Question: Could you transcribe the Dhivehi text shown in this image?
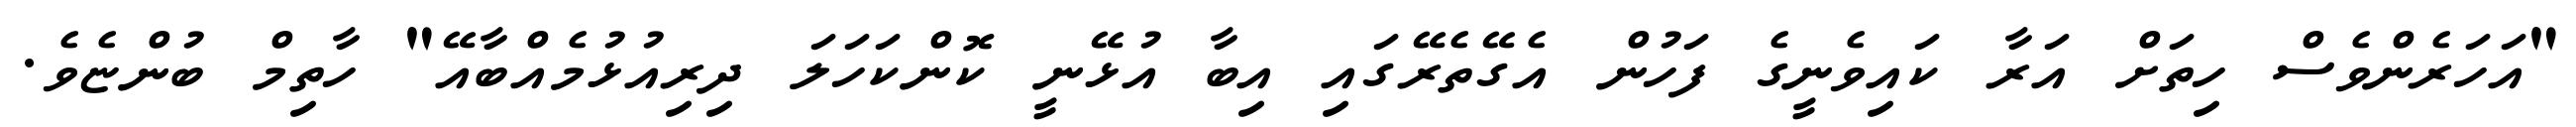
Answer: "އަހަރެންވެސް ހިތަށް އަރާ ކައިވެނީގެ ފަހުން އެގޭތެރޭގައި އިބާ އުޅޭނީ ކޮންކަހަލަ ދިރިއުޅުމެއްބާއޭ" ހާތިމް ބުންޏެވެ.